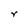
Character: r